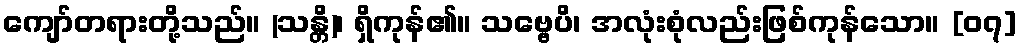
ကျော်တရားတို့သည်။ (သန္တိ)၊ ရှိကုန်၏။ သဗ္ဗေပိ၊ အလုံးစုံလည်းဖြစ်ကုန်သော။ [၀၇]